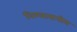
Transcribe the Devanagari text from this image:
विश्वासनीय